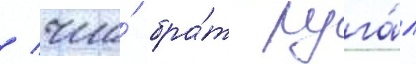
/ что́ бра́т руга́л